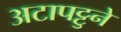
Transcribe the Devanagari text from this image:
अटापट्टुने